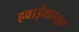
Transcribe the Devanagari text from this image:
हवाईवाहतूक